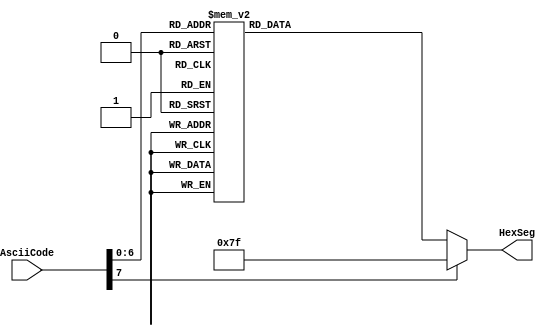
//Code that converts ASCIICode to Hex format
module ASCII27Seg(input [7:0] AsciiCode, output reg [6:0] HexSeg);
	always@(*) begin
		//HexSeg = 7'd0;
		//$display("AsciiCode %b", AsciiCode);
		case(AsciiCode)
			// 0 in the 7 bit number of HexSeg represents the leds which will be on
			// 1 Represents the leds which will be off
			//HexSeg positions are 7'b[6][5][4][3][2][1][0]
			8'h41 : HexSeg = 7'b0001000; //A
			8'h61 : HexSeg = 7'b0001000; //a

			8'h42 : HexSeg = 7'b0000011; // B
			8'h62 : HexSeg = 7'b0000011; // b

			8'h43 : HexSeg = 7'b1000110; // C 1000110
			8'h63 : HexSeg = 7'b1000110; // c

			8'h44 : HexSeg = 7'b0100001; // D 0100001
			8'h64 : HexSeg = 7'b0100001; // d

			8'h45 : HexSeg = 7'b0000110; // E
			8'h65 : HexSeg = 7'b0000110; // e

			8'h46 : HexSeg = 7'b0001110; // F
			8'h66 : HexSeg = 7'b0001110; // f

			8'h47 : HexSeg = 7'b0010000; // G
			8'h67 : HexSeg = 7'b0010000; // g

			8'h48 : HexSeg = 7'b0001001; // H
			8'h68 : HexSeg = 7'b0001001; // h

			8'h49 : HexSeg = 7'b1001111; // I
			8'h69 : HexSeg = 7'b1001111; // i

			8'h4A : HexSeg = 7'b1100001; // J
			8'h6A : HexSeg = 7'b1100001; // j

			8'h4B : HexSeg = 7'b0001001; // K
			8'h6B : HexSeg = 7'b0001001; // k

			8'h4C : HexSeg = 7'b1000111; // L
			8'h6C : HexSeg = 7'b1000111; // l

			8'h4D : HexSeg = 7'b1101010; // M 1101010
			8'h6D : HexSeg = 7'b1101010; // m

			8'h4E : HexSeg = 7'b0101011; // N 0101011
			8'h6E : HexSeg = 7'b0101011; // n

			8'h4F : HexSeg = 7'b1000000; // O
			8'h6F : HexSeg = 7'b1000000; // o

			8'h50 : HexSeg = 7'b0001100; // P
			8'h70 : HexSeg = 7'b0001100; // p

			8'h51 : HexSeg = 7'b0011000; // Q
			8'h71 : HexSeg = 7'b0011000; // q

			8'h52 : HexSeg = 7'b0101111; // R 0101111
			8'h72 : HexSeg = 7'b0101111; // r

			8'h53 : HexSeg = 7'b0010010; // S 0010010
			8'h73 : HexSeg = 7'b0010010; // s

			8'h54 : HexSeg = 7'b0000111; // T 0000111
			8'h74 : HexSeg = 7'b0000111; // t


			8'h55 : HexSeg = 7'b1000001; // U
			8'h75 : HexSeg = 7'b1000001; // u

			8'h56 : HexSeg = 7'b1100011; // V
			8'h76 : HexSeg = 7'b1100011; // V

			8'h57 : HexSeg = 7'b1010101; // W
			8'h77 : HexSeg = 7'b1010101; // w

			8'h58 : HexSeg = 7'b0001001; // X
			8'h78 : HexSeg = 7'b0001001; // x

			8'h59 : HexSeg = 7'b0010001; // Y
			8'h79 : HexSeg = 7'b0010001; // y

			8'h5A : HexSeg = 7'b0100100; // Z
			8'h7A : HexSeg = 7'b0100100; // z

			8'h30 : HexSeg = 7'b1000000; // 0
			8'h31 : HexSeg = 7'b1111001; // 1
			8'h32 : HexSeg = 7'b0100100; // 2
			8'h33 : HexSeg = 7'b0110000; // 3
			8'h34 : HexSeg = 7'b0011001; // 4
			8'h35 : HexSeg = 7'b0010010; // 5
			8'h36 : HexSeg = 7'b0000010; // 6
			8'h37 : HexSeg = 7'b1111000; // 7
			8'h38 : HexSeg = 7'b0000000; // 8
			8'h39 : HexSeg = 7'b0010000; // 9

			default : HexSeg = 7'b1111111;
		endcase
	end
endmodule